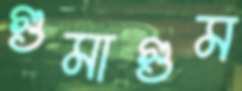
গুমাগুম